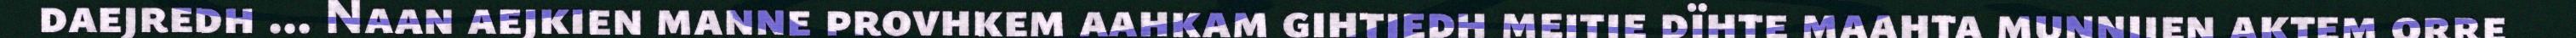
daejredh ... Naan aejkien manne provhkem aahkam gihtjedh mejtie dïhte maahta munnjien aktem orre